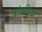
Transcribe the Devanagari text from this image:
कांवड़ियों